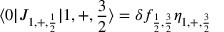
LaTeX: \langle 0 | J _ { 1 , + , { \frac { 1 } { 2 } } } | 1 , + , { \frac { 3 } { 2 } } \rangle = \delta f _ { { \frac { 1 } { 2 } } , { \frac { 3 } { 2 } } } \eta _ { 1 , + , { \frac { 3 } { 2 } } } \,